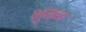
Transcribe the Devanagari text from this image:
भुम्म